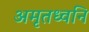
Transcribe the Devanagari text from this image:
अमृतध्वनि